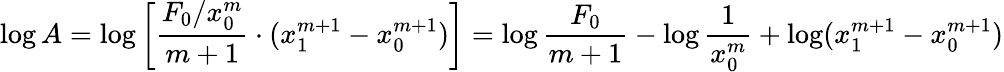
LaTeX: \log A=\log\left[{\frac{F_{0}/x_{0}^{m}}{m+1}}\cdot(x_{1}^{m+1}-x_{0}^{m+1})\right]=\log{\frac{F_{0}}{m+1}}-\log{\frac{1}{x_{0}^{m}}}+\log(x_{1}^{m+1}-x_{0}^{m+1})